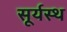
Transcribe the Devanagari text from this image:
सूर्यस्थ